Assam Mental Hospital (Tezpur, India) - 1933-1948
Year: 1933
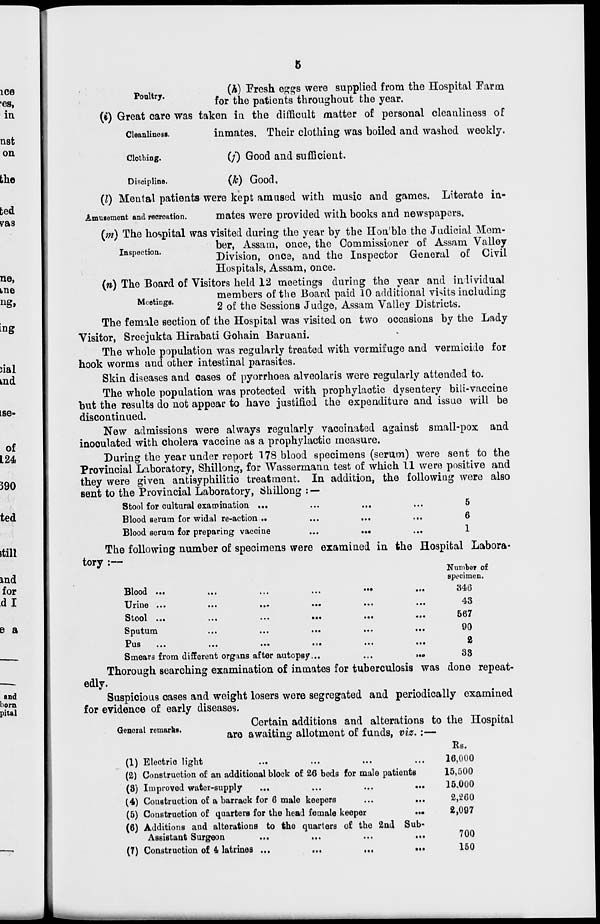
5
(h) Fresh eggs were supplied from the Hospital Farm
for the patients throughout the year.
Poultry.
Cleanliness.
(i) Great care was taken in the difficult matter of personal cleanliness of
inmates. Their clothing was boiled and washed weekly.
Clothing.
(j) Good and sufficient.
Discipline.
(k) Good.
Amusement and recreation.
(l) Mental patients were kept amused with music and games. Literate in-
mates were provided with books and newspapers.
Inspection.
(m) The hospital was visited during the year by the Hon'ble the Judicial Mem-
ber, Assam, once, the Commissioner of Assam Valley
Division, once, and the Inspector General of Civil
Hospitals, Assam, once.
Meetings.
(n) The Board of Visitors held 12 meetings during the year and individual
members of the Board paid 10 additional visits including
2 of the Sessions Judge, Assam Valley Districts.
The female section of the Hospital was visited on two occasions by the Lady
Visitor, Sreejukta Hirabati Gohain Baruani.
The whole population was regularly treated with vermifuge and vermicide for
hook worms and other intestinal parasites.
Skin diseases and cases of pyorrhoea alveolaris were regularly attended to.
The whole population was protected with prophylactic dysentery bili-vaccine
but the results do not appear to have justified the expenditure and issue will be
discontinued.
New admissions were always regularly vaccinated against small-pox and
inoculated with cholera vaccine as a prophylactic measure.
During the year under report 178 blood specimens (serum) were sent to the
Provincial Laboratory, Shillong, for Wassermann test of which 11 were positive and
they were given antisyphilitic treatment. In addition, the following were also
sent to the Provincial Laboratory, Shillong : —
Stool for cultural examination ... ... ... ...
Blood serum for widal re-action ... ... ... ...
Blood serum for preparing vaccine
...
...
...
5
6
1
The following number of specimens were examined in the Hospital Labora-
tory :—
Blood
...
...
...
...
...
...
Urine ...
...
...
...
...
...
Stool ...
...
...
...
...
...
Sputum
...
...
...
...
...
Pus
...
...
...
...
...
...
Smears from different organs after autopsy...
...
...
Number of
specimen.
346
43
567
90
2
33
Thorough searching examination of inmates for tuberculosis was done repeat-
edly.
Suspicious cases and weight losers were segregated and periodically examined
for evidence of early diseases.
General remarks.
Certain additions and alterations to the Hospital
are awaiting allotment of funds, viz.:—
(1) Electric light ... ... ... ...
(2) Construction of an additional block of 26 beds for male patients
(3) Improved water-supply
...
...
...
...
(4) Construction of a barrack for 6 male keepers ... ...
(5) Construction of quarters for the head female keeper
...
(6) Additions and alterations to the quarters of the 2nd Sub-
Assistant Surgeon
...
...
...
...
(7) Construction of 4 latrines ...
...
...
...
Rs.
16,000
15,500
15,000
2,260
2,097
700
150